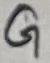
Text: G